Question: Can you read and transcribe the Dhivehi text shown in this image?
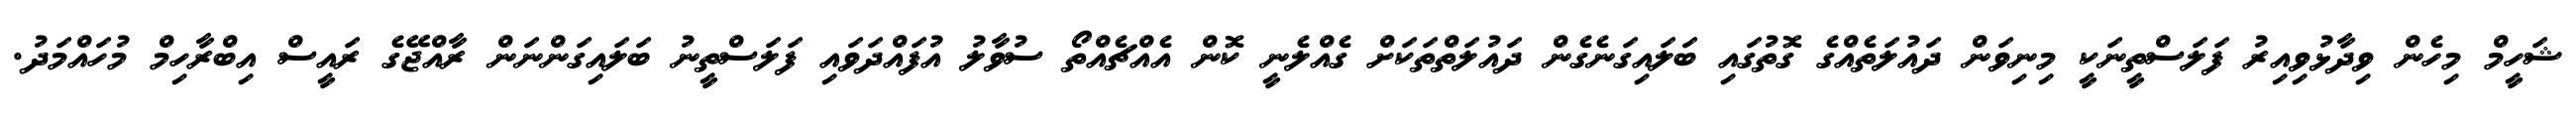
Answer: ޝަހީމް މިހެން ވިދާޅުވިއިރު ފަލަސްތީނަކީ މިނިވަން ދައުލަތެއްގެ ގޮތުގައި ބަލައިގަނެގެން ދައުލަތްތަކަށް ގެއްލެނީ ކޮން އެއްޗެއްތޯ ސުވާލު އުފައްދަވައި ފަލަސްތީނު ބަލައިގަންނަން ރާއްޖޭގެ ރައީސް އިބްރާހިމް މުހައްމަދު.